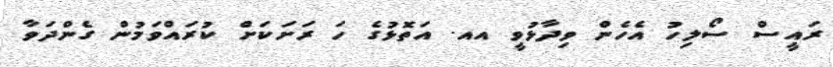
ރައީސް ސޯލިހު އެހެން ވިދާޅުވީ އއ. އަތޮޅުގެ ހަ ރަށަކަށް ކުރައްވަމުން ގެންދަވާ